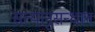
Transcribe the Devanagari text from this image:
सत्यानुसन्धान